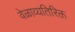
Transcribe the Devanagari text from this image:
वेळाव्यतिरिक्त